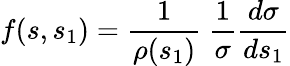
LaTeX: f(s,s_{1})={\frac{1}{\rho(s_{1})}}\ {\frac{1}{\sigma}}{\frac{d\sigma}{ds_{1}}}